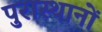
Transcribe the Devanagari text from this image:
पुरास्थानों